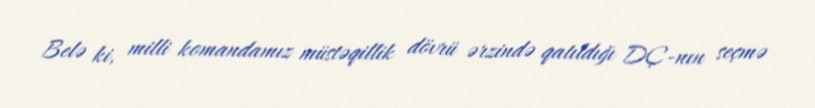
Belə ki, milli komandamız müstəqillik dövrü ərzində qatıldığı DÇ-nın seçmə